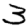
Digit: 3